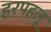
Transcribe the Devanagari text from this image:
हरपहलू